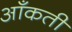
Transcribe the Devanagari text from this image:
आँकती